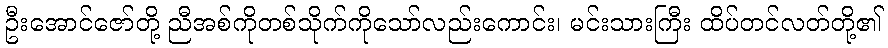
ဦးအောင်ဇော်တို့ ညီအစ်ကိုတစ်သိုက်ကိုသော်လည်းကောင်း၊ မင်းသားကြီး ထိပ်တင်လတ်တို့၏